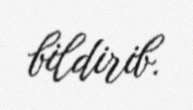
bildirib.